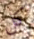
كل